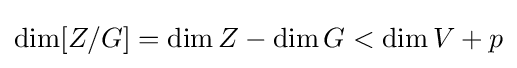
\dim[Z/G]=\dim Z-\dim G<\dim V+p